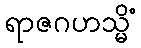
ရာဇဂဟသ္မိံ